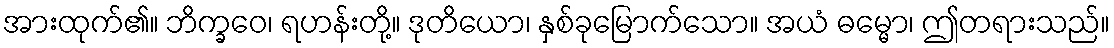
အားထုက်၏။ ဘိက္ခဝေ၊ ရဟန်းတို့။ ဒုတိယော၊ နှစ်ခုမြောက်သော။ အယံ ဓမ္မော၊ ဤတရားသည်။